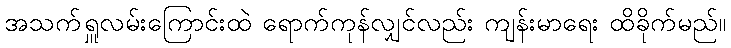
အသက်ရှူလမ်းကြောင်းထဲ ရောက်ကုန်လျှင်လည်း ကျန်းမာရေး ထိခိုက်မည်။